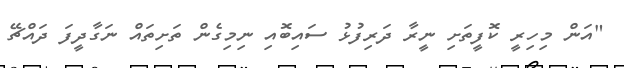
"އަން މިހިރީ ކޮފީތަށި ނީރާ ދަރިފުޅު ސައިބޮއި ނިމިގެން ތަށިތައް ނަގާދީފަ ދައްޗޭ